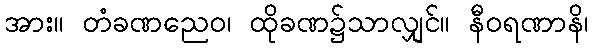
အား။ တံခဏညေဝ၊ ထိုခဏ၌သာလျှင်။ နီဝရဏာနိ၊